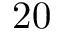
2 0